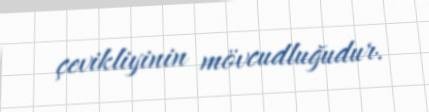
çevikliyinin mövcudluğudur.